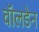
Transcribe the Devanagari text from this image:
वॉलडेन